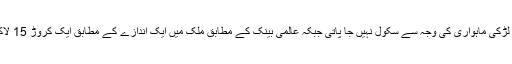
اقوام متحدہ کے ادارے یونیسیکو کے مطابق گھانا میں دس میں سے ایک لڑکی ماہواری کی وجہ سے سکول نہیں جا پاتی جبکہ عالمی بینک کے مطابق ملک میں ایک اندازے کے مطابق ایک کروڑ 15 لاکھ خواتین کو ماہواری کے دوران مناسب سہولیات دستیاب نہیں ہوتی ہیں۔